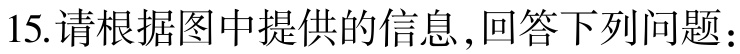
15.请根据图中提供的信息，回答下列问题：